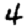
Digit: 4